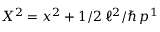
X ^ { 2 } = x ^ { 2 } + 1 / 2 \, \ell ^ { 2 } / \hbar \, p ^ { 1 }